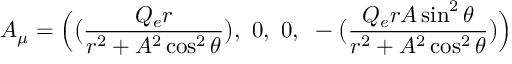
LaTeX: A _ { \mu } = \Bigl ( \bigl ( { \frac { Q _ { e } r } { r ^ { 2 } + A ^ { 2 } \cos ^ { 2 } \theta } } \bigr ) , ~ 0 , ~ 0 , { } ~ - \bigl ( { \frac { Q _ { e } r A \sin ^ { 2 } \theta } { r ^ { 2 } + A ^ { 2 } \cos ^ { 2 } \theta } } \bigr ) \Bigr )